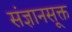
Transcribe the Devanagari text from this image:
संज्ञानसूक्त